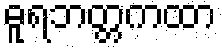
ဓူရဘတ္တကထာ